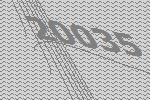
20035